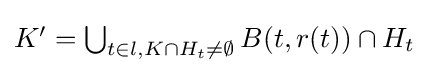
{\textstyle K'=\bigcup _{t\in l,K\cap H_{t}\not =\emptyset }B(t,r(t))\cap H_{t}}